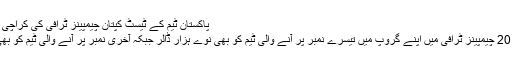
پاکستان ٹیم کے ٹیسٹ کپتان چیمپینز ٹرافی کی کراچی میں رونمائی کے موقع پر
آئی سی سی کی جانب 2017 چیمپینز ٹرافی میں اپنے گروپ میں تیسرے نمبر پر آنے والی ٹیم کو بھی نوے ہزار ڈالر جبکہ آخری نمبر پر آنے والی ٹیم کو بھی ساٹھ ہزار ڈالر ملیں گے۔